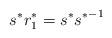
LaTeX: \begin{align*}s^* r^*_1=s^* {s^*}^{-1}\end{align*}